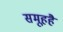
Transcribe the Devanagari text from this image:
समूहहै